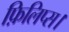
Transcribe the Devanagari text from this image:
फ़िलिप्स।